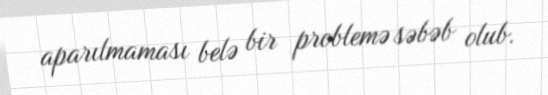
aparılmaması belə bir problemə səbəb olub.